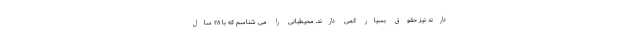
دارند نیز حقوق بسیار کمی دارند. محیطبانی را می شناسم که با ۲۸ سال